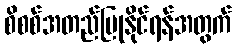
စိစစ်အတည်ပြုနိုင်ရန်အတွက်